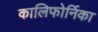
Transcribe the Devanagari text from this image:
कालिफोर्निका